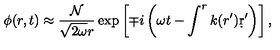
\phi ( r , t ) \approx { \frac { \cal N } { \sqrt { 2 \omega } r } } \exp \left[ \mp i \left( \omega t - \int ^ { r } k ( r ^ { \prime } ) \d r ^ { \prime } \right) \right] ,